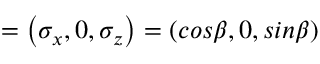
{ \bf { \sigma } } = \left( { \sigma } _ { x } , 0 , { \sigma } _ { z } \right) = \left( { c o s } \beta , 0 , { s i n } \beta \right)